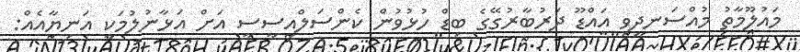
މައުލޫމާތު މުއްސަނދިވި އައްޑޫ ދަރުބާރުގޭގެ ބިޑް ހުޅުވުން ކެންސަލްއީސީސީ އަށް އަޅާނުލުމަކީ އަނިޔާއެއް: